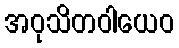
အဝုသိတဝါယေဝ